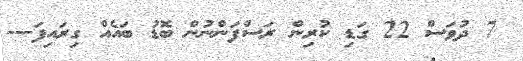
7 ދުވަސް 22 ގަޑި ކުރިން ރަސްފަންނުން ބޮޑު ބައެއް ގިރައިފަ---